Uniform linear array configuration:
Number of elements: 24
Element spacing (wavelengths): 0.75
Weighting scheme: hamming
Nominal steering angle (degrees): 60
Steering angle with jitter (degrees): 59.404
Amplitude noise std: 0.05
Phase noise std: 0.05

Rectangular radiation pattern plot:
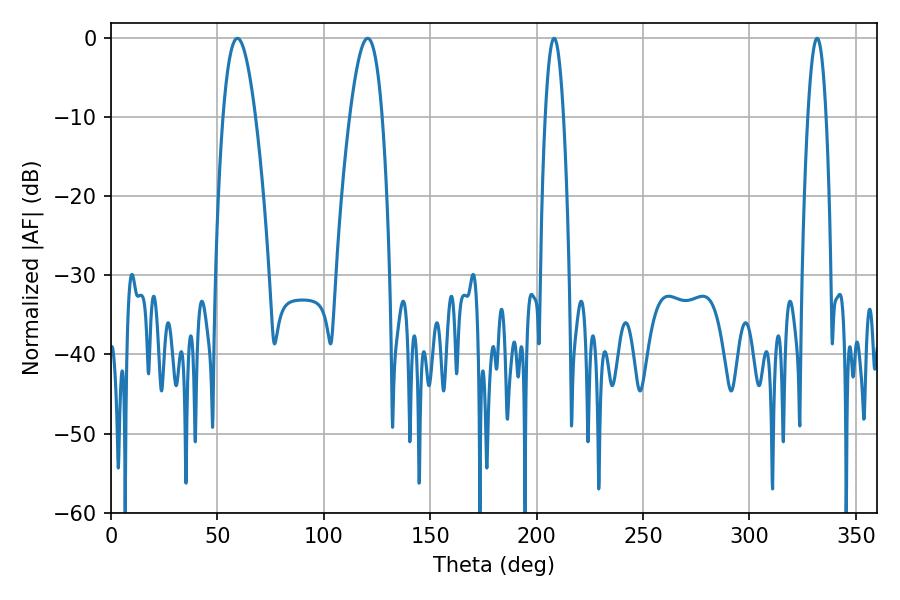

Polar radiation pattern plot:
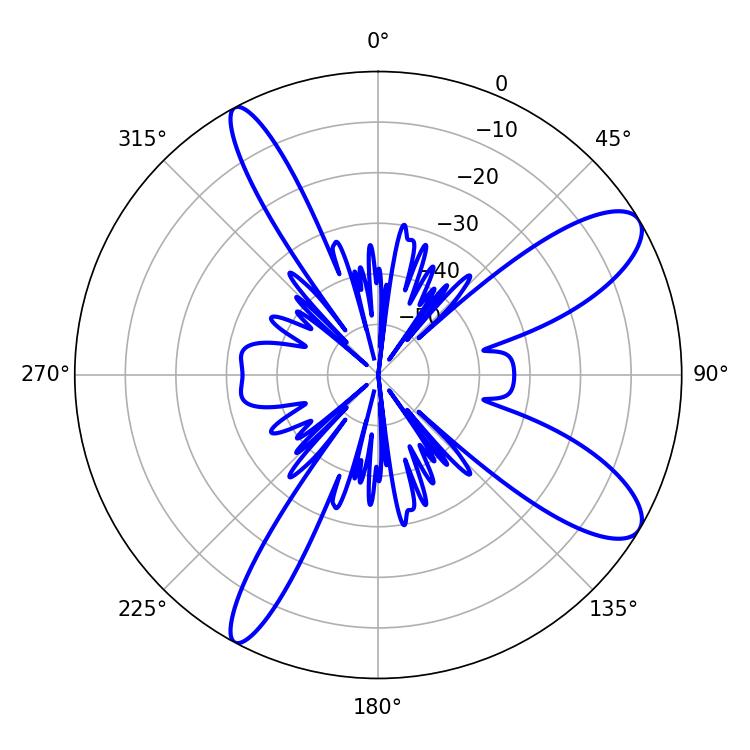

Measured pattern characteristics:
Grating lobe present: TRUE
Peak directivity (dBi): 10.295
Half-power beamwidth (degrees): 8.46
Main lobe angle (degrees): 59.4